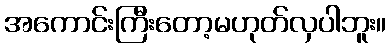
အကောင်းကြီးတော့မဟုတ်လှပါဘူး။